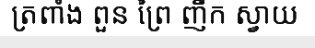
ត្រពាំង ពួន ព្រៃ ញឹក ស្វាយ